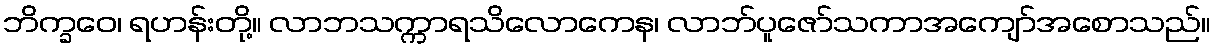
ဘိက္ခဝေ၊ ရဟန်းတို့။ လာဘသက္ကာရသိလောကေန၊ လာဘ်ပူဇော်သကာအကျော်အစောသည်။